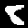
Digit: 8